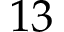
1 3